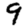
Digit: 9